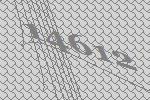
14612